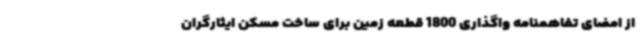
از امضای تفاهمنامه واگذاری 1800 قطعه زمین برای ساخت مسکن ایثارگران